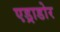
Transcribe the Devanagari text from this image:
एड्राडोर